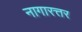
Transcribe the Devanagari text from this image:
नागारत्तर